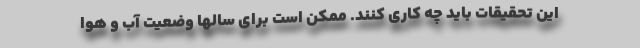
این تحقیقات باید چه کاری کنند. ممکن است برای سالها وضعیت آب و هوا